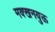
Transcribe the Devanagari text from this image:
मक्खनयुक्त